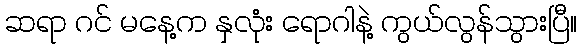
ဆရာ ဂင် မနေ့က နှလုံး ရောဂါနဲ့ ကွယ်လွန်သွားပြီ။